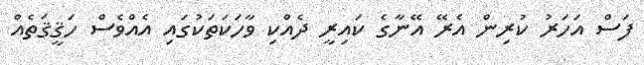
ފަސް އަހަރު ކުރިން އެރޭ އޭނާގެ ކައިރީ ދެއްކި ވާހަކަތަކުގައި އެއްވެސް ހަޤީޤަތެއް